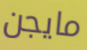
مايجن